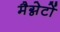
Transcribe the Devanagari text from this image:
मैग्नेटों